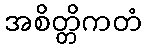
အစိတ္တိကတံ